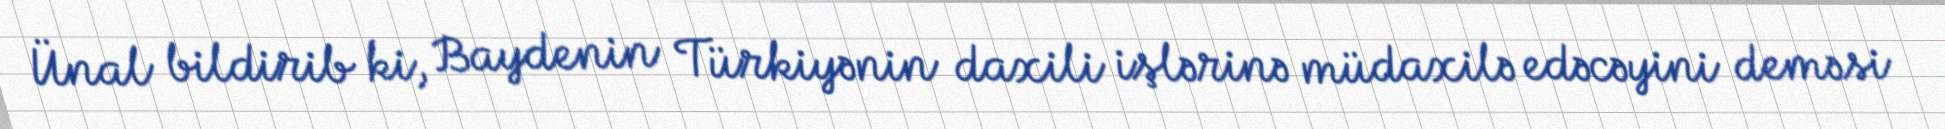
Ünal bildirib ki, Baydenin Türkiyənin daxili işlərinə müdaxilə edəcəyini deməsi